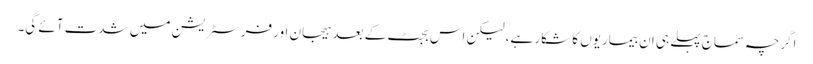
اگرچہ سماج پہلے ہی ان بیماریوں کا شکار ہے، لیکن اس بجٹ کے بعد ہیجان اور فرسٹریشن میں شدت آئے گی۔